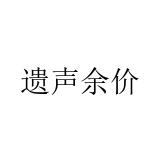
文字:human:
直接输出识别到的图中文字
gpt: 遗声余价